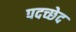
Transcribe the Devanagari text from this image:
पदच्‍छेद